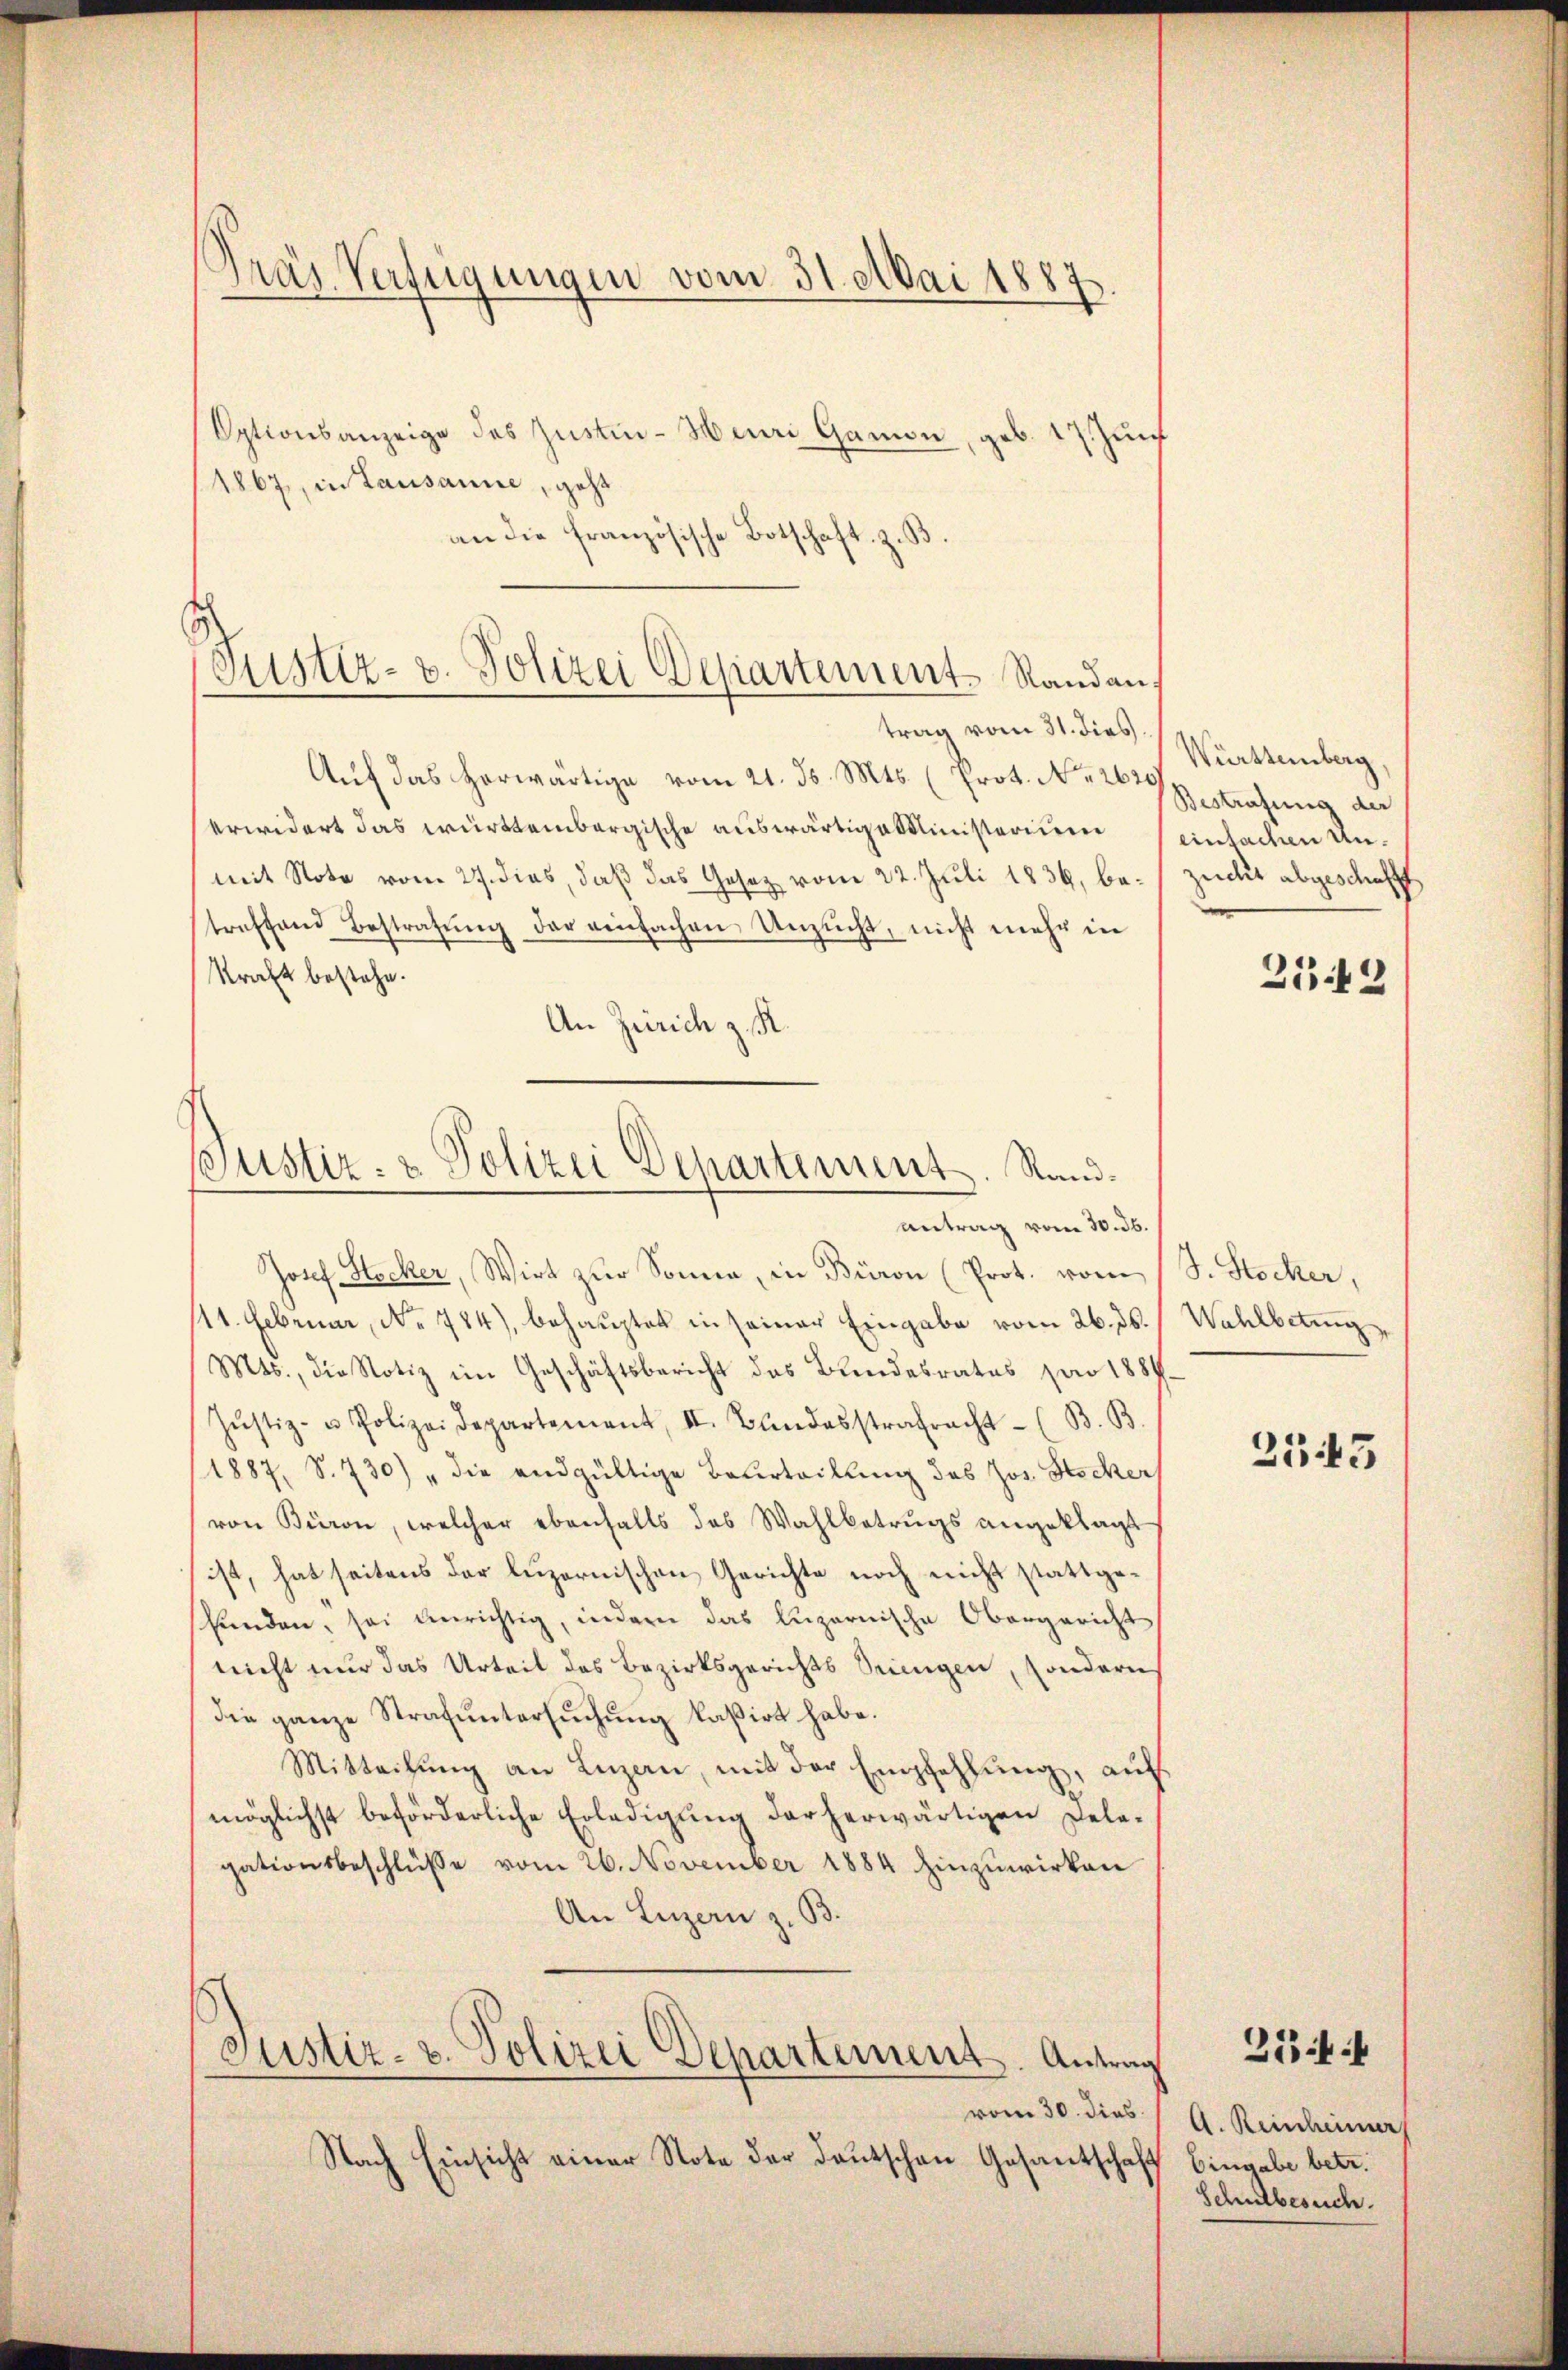
Präs. Verfügungen vom 31. Mai 1887.

Optionsanzeige des Zustin-Henri Gamon, geb. 17. Zunf
1867, in Lausanne, geht
an die französische Botschaft zu
Aŭf das herwärtige vom 21. ds. Mts. (Prot. No. 2620/
erwidert das württembergische auswärtigeslinisterium
mit Note vom 27. dies, daß das Gesetz vom 22. Juli 1836, betreffend Bestrafŭng der einfachen Unzucht, nicht mehr in
Kraft bestehe.
An Zürich z. R.

Justiz- u. Polizei Departement Randantrag vom 31. dies

Justiz- & Polizei Departement. Rand.
Antrag vom 30. 36.

Josef Stocker, Wirt zur Sonne, in Büron (Prot. vom 1 S. Stocker,
11. Februar, No. 784), behauptet in seiner Eingabe vom 26. ds. Wahlbeting
Mts., die Notiz im Geschäftsbericht des Bŭndesrates par 1887.
Jŭstiz- u Polizeidepartement, II. Bandesstrafracht (B. B.
1887, S. 730) „die endgültige Beurteilung des Jos. Stocker
von Büron, welcher ebenfalls das Wahlbetrugs angeklagt
ist, hat seitens der luzernischen Gerichte noch nicht stattgefŭnden, sei unrichtig, indern das Luzernische Obergericht,
nicht nur das Urteil des Bezirksgerichts Seinigen, sondern
die ganze Strafŭntersŭchŭng kasirt habe.
Mitteilŭng an Luzern, mit der Empfehlung, auf
möglichst beförderliche Erledigung darherwärtigen Dele-
gationsbeschlüsse vom 26. November 1884 hinzuwirken
An Luzern z. B.
Justiz- u. Polizei Departement. Antrag
vom 30. dies
Nach Einsicht einer Note der Deutschen Gesantschaft

Württemberg,
Bestrafung der
einfachen Unzucht abgeschafft

2142

2543

A. Reinheimer
Eingabe betr.
Schulbesuch.

35ff